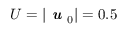
U = | \textbf { \em u } _ { 0 } | = 0 . 5